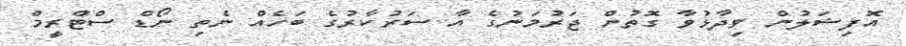
އޮފިޝަލުން ވިދާޅުވާ ގޮތުން ޖަރުމަނުގެ އާ ސަރުކާރުގެ ބަހެއް ނެތި ނޯޑް ސްޓްރީމް